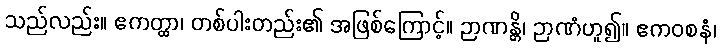
သည်လည်း။ ဧကတ္ထာ၊ တစ်ပါးတည်း၏ အဖြစ်ကြောင့်။ ဉာဏန္တိ၊ ဉာဏံဟူ၍။ ဧကဝစနံ၊